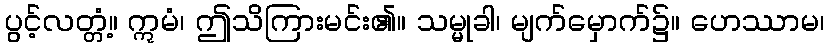
ပွင့်လတ္တံ့။ ဣမံ၊ ဤသိကြားမင်း၏။ သမ္မုခါ၊ မျက်မှောက်၌။ ဟေဿာမ၊